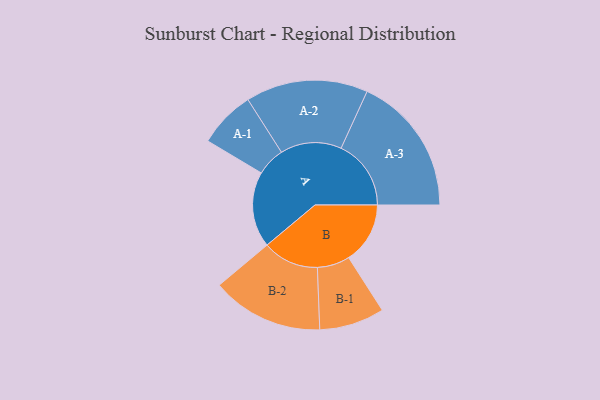
{"axis": {"x": "Segment", "y": "Value"}, "legend": ["", "A", "B"], "data": [{"x": "A", "y": 265, "type": ""}, {"x": "B", "y": 215, "type": ""}, {"x": "A-1", "y": 100, "type": "A"}, {"x": "A-2", "y": 214, "type": "A"}, {"x": "A-3", "y": 245, "type": "A"}, {"x": "B-1", "y": 114, "type": "B"}, {"x": "B-2", "y": 196, "type": "B"}]}